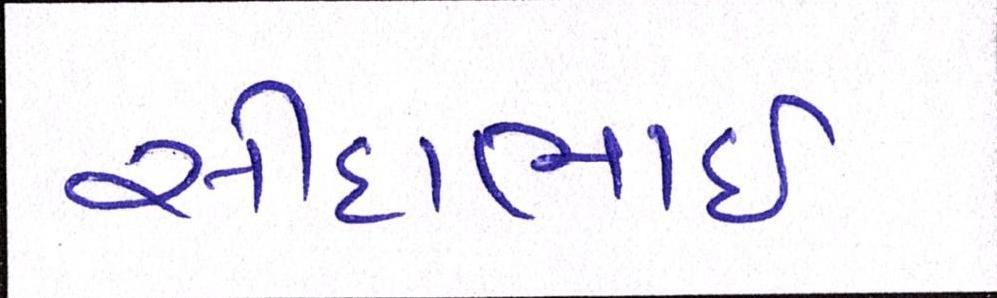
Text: સીદાભાઈ